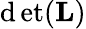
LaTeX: \operatorname*{\mathrm{d}et}(\mathbf{{L}})